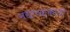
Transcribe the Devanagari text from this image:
नद्याच्याकाठी